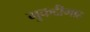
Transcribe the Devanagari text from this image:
मुकद्दीमाह